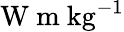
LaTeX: \mathrm{W~m~kg^{-1}}